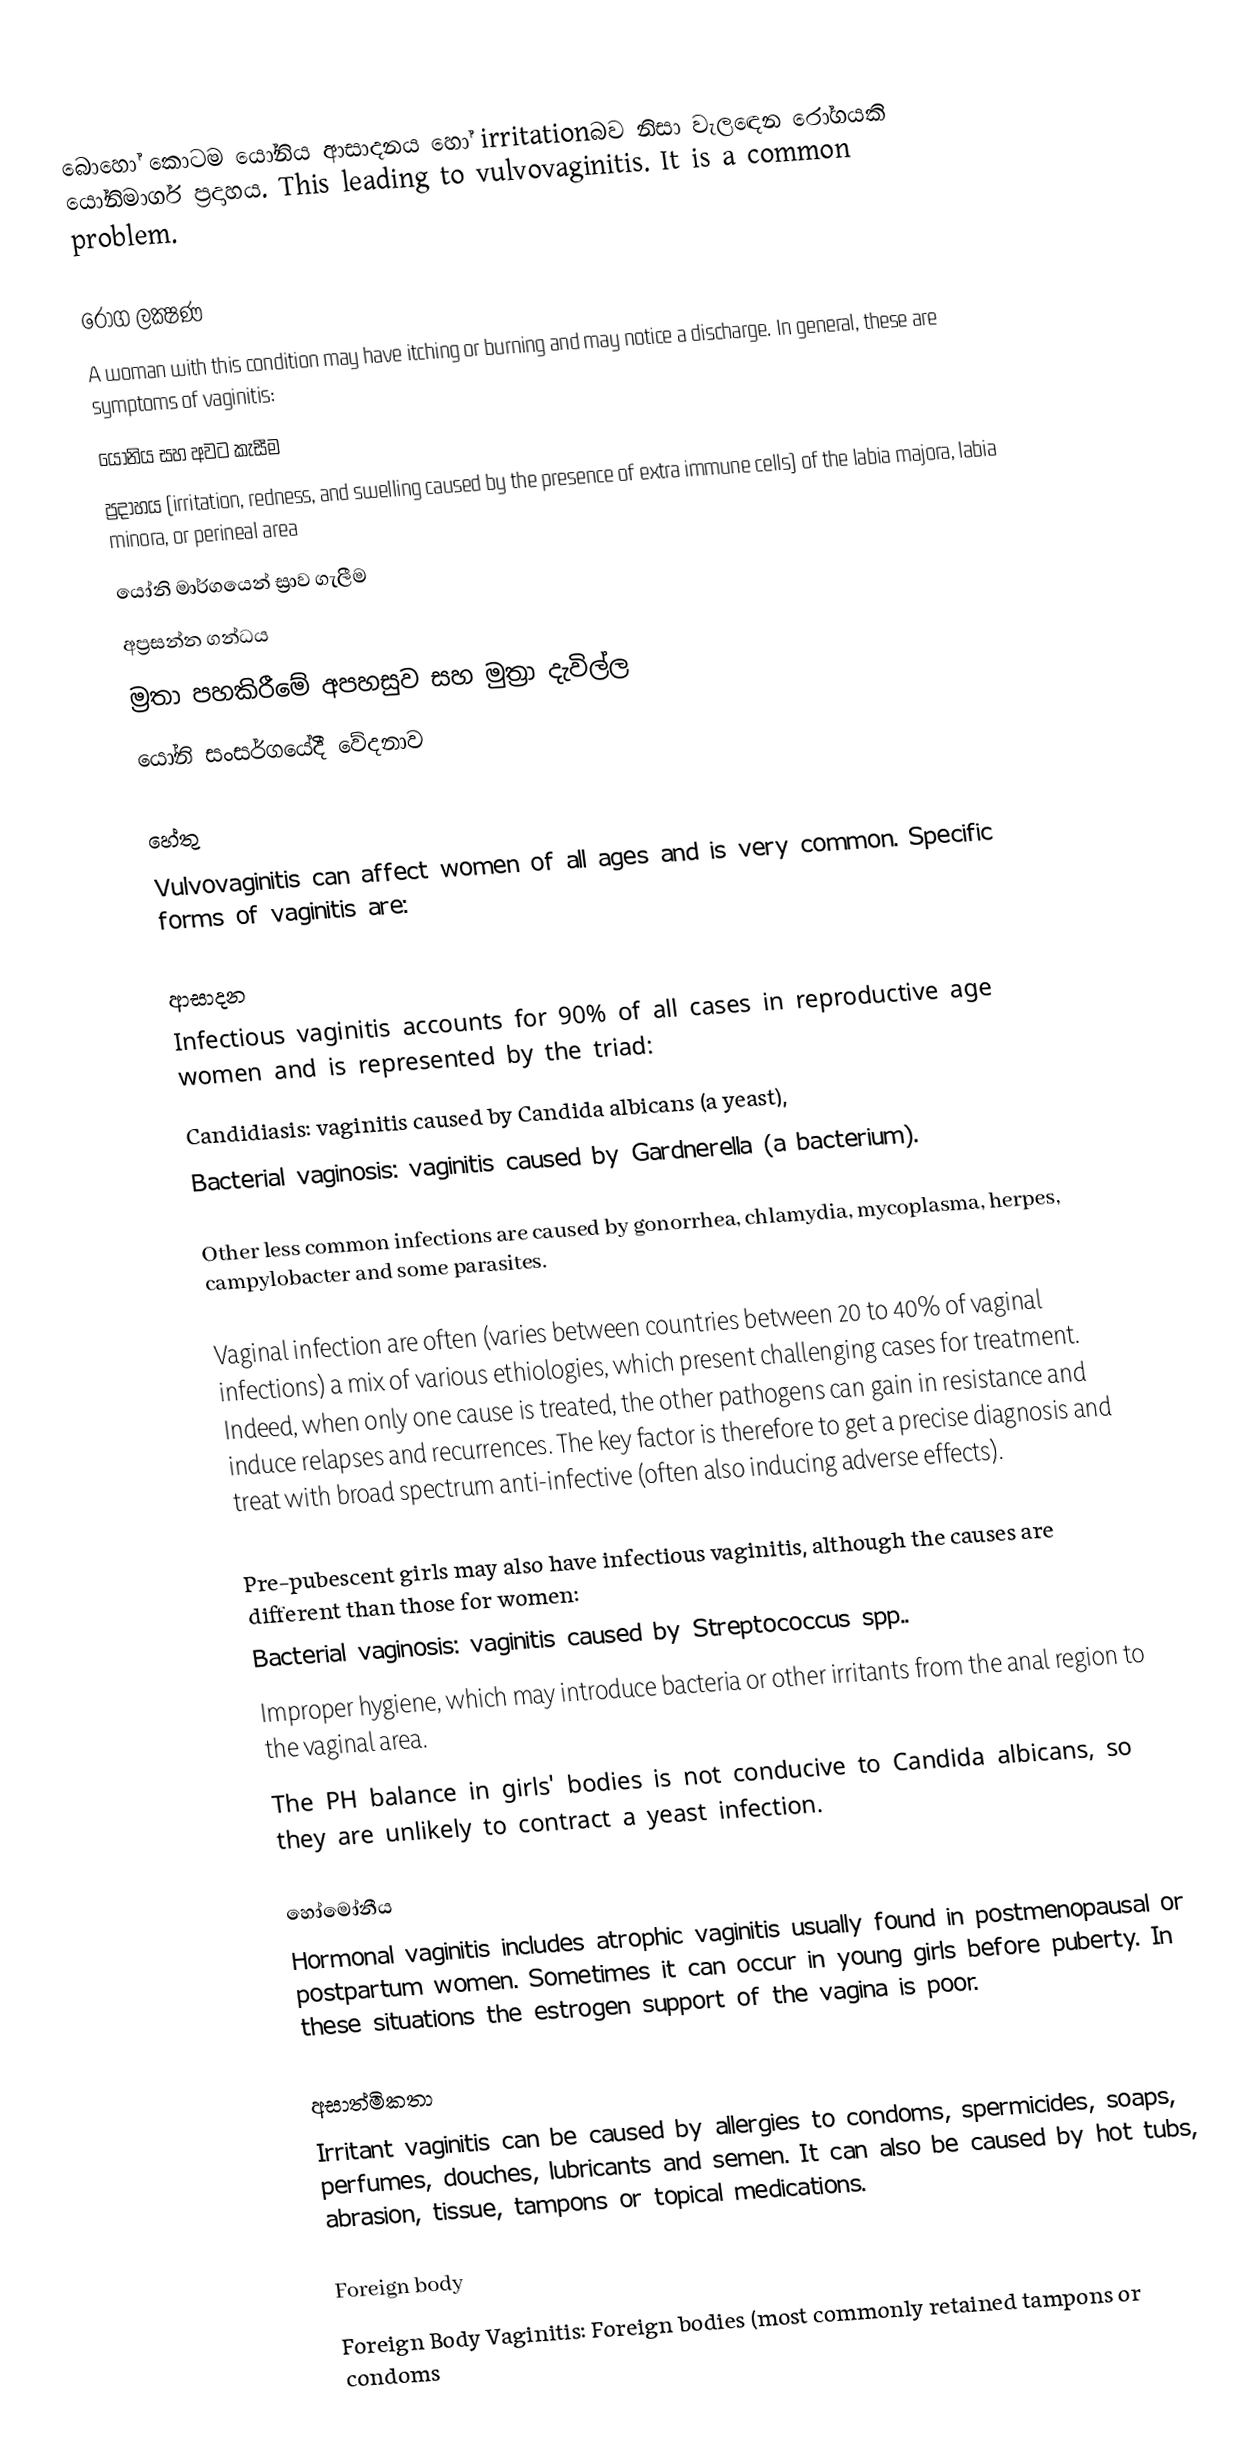
බොහෝ කොටම යෝනිය ආසාදනය හෝ  irritationබව නිසා වැලඳෙන රෝගයකි  යෝනිමාර්ග ප්‍රදාහය. This  leading to vulvovaginitis. It is a common problem.

රෝග ලක්‍ෂණ
A woman with this condition may have itching or burning and may notice a discharge. In general, these are symptoms of vaginitis:
යෝනිය සහ අවට කැසීම
ප්‍රදාහය (irritation, redness, and swelling caused by the presence of extra immune cells) of the labia majora, labia minora, or perineal area
යෝනි මාර්ගයෙන් ස්‍රාව ගැලීම
‍අප්‍රසන්න ගන්ධය
ම්‍රතා පහකිරීමේ අපහසුව සහ මුත්‍රා දැවිල්ල
යෝනි සංසර්ගයේදී වේදනාව

හේතු
Vulvovaginitis can affect women of all ages and is very common. Specific forms of vaginitis are:

ආසාදන
Infectious vaginitis accounts for 90% of all cases in reproductive age women and is represented by the triad:
 Candidiasis: vaginitis caused by Candida albicans (a yeast),
 Bacterial vaginosis: vaginitis caused by Gardnerella (a bacterium).

Other less common infections are caused by gonorrhea, chlamydia, mycoplasma, herpes, campylobacter and some parasites.

Vaginal infection are often (varies between countries between 20 to 40% of vaginal infections) a mix of various ethiologies, which present challenging cases for treatment.  Indeed, when only one cause is treated, the other pathogens can gain in resistance and induce relapses and recurrences. The key factor is therefore to get a precise diagnosis and treat with broad spectrum anti-infective (often also inducing adverse effects).

Pre-pubescent girls may also have infectious vaginitis, although the causes are different than those for women:
 Bacterial vaginosis: vaginitis caused by Streptococcus spp..
 Improper hygiene, which may introduce bacteria or other irritants from the anal region to the vaginal area.
The PH balance in girls' bodies is not conducive to Candida albicans, so they are unlikely to contract a yeast infection.

හෝමෝනීය
Hormonal vaginitis includes atrophic vaginitis usually found in postmenopausal or postpartum women. Sometimes it can occur in young girls before puberty. In these situations the estrogen support of the vagina is poor.

අසාත්මිකතා
Irritant vaginitis can be caused by allergies to condoms, spermicides, soaps, perfumes, douches, lubricants and semen. It can also be caused by hot tubs, abrasion, tissue, tampons or topical medications.

Foreign body
Foreign Body Vaginitis: Foreign bodies (most commonly retained tampons or condoms